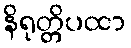
နိရုတ္တိပထာ